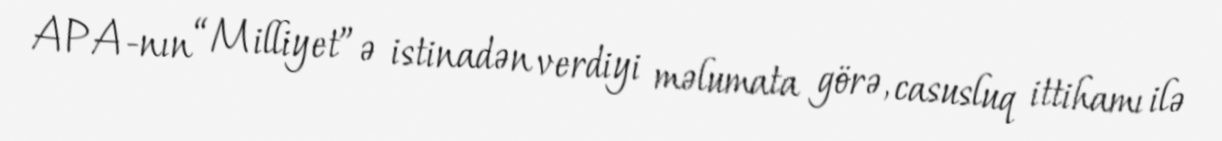
APA-nın “Milliyet”ə istinadən verdiyi məlumata görə, casusluq ittihamı ilə